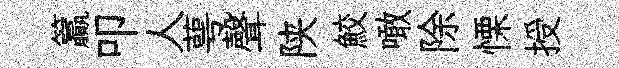
籯叩人萼聲陕鮫噉除慄授